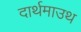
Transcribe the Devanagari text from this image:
दार्थमाउथ